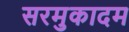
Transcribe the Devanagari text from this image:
सरमुकादम